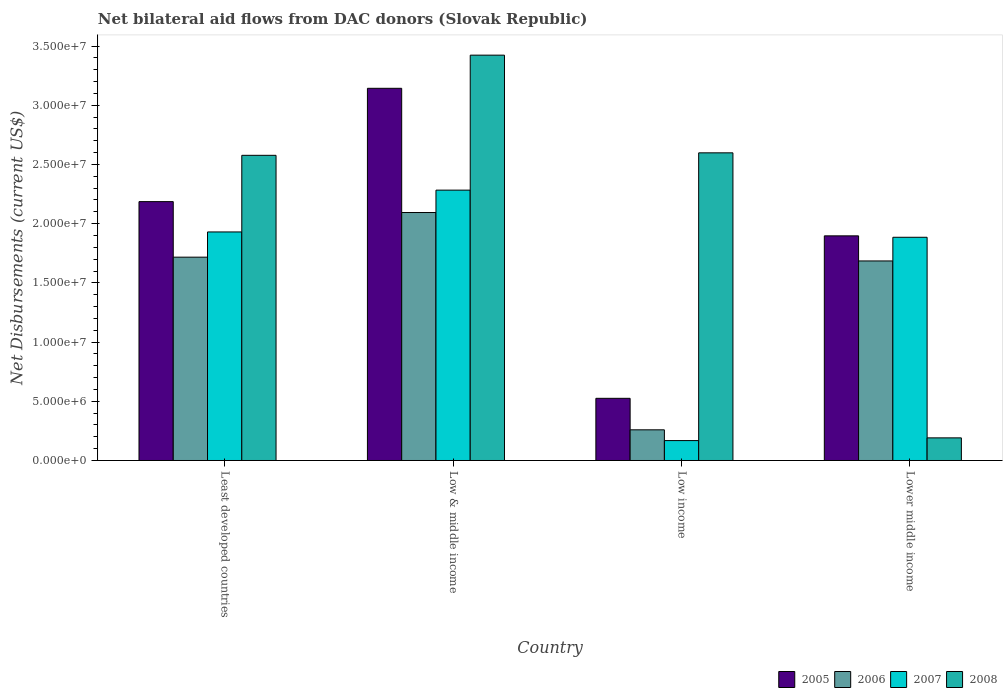
| Country | 2005 | 2006 | 2007 | 2008 |
 | --- | --- | --- | --- | --- |
 | Least developed countries | 2.19e+07 | 1.72e+07 | 1.93e+07 | 2.58e+07 |
 | Low & middle income | 3.14e+07 | 2.09e+07 | 2.28e+07 | 3.42e+07 |
 | Low income | 5.25e+06 | 2.59e+06 | 1.68e+06 | 2.6e+07 |
 | Lower middle income | 1.9e+07 | 1.68e+07 | 1.88e+07 | 1.91e+06 |